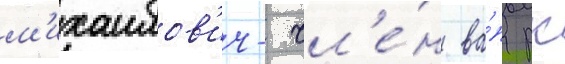
м'ихаилов'ич- чл'е́н ва́п рк